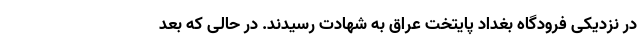
در نزدیکی فرودگاه بغداد پایتخت عراق به شهادت رسیدند. در حالی که بعد